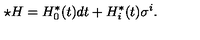
\star H = H _ { 0 } ^ { \ast } ( t ) d t + H _ { i } ^ { \ast } ( t ) \sigma ^ { i } .